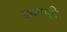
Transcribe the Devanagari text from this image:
राज्याही